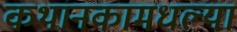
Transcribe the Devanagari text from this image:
कथानकामधल्या